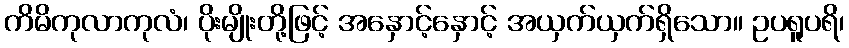
ကိမိကုလာကုလံ၊ ပိုးမျိုးတို့ဖြင့် အနှောင့်နှောင့် အယှက်ယှက်ရှိသော။ ဥပရူပရိ၊